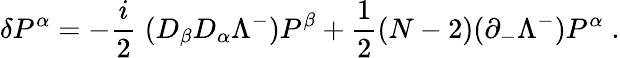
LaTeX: \delta P^{\alpha}=-{\frac{i}{2}}\; (D_{\beta}D_{\alpha}\Lambda^{-})P^{\beta}+{\frac{1}{2}}(N-2)(\partial_{-}\Lambda^{-})P^{\alpha}\; .